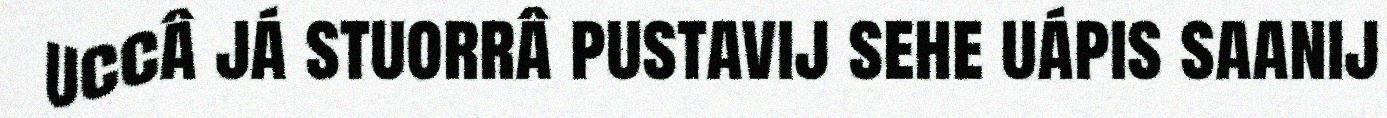
uccâ já stuorrâ pustavij sehe uápis saanij